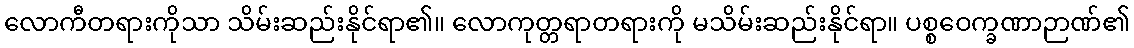
လောကီတရားကိုသာ သိမ်းဆည်းနိုင်ရာ၏။ လောကုတ္တရာတရားကို မသိမ်းဆည်းနိုင်ရာ။ ပစ္စဝေက္ခဏာဉာဏ်၏